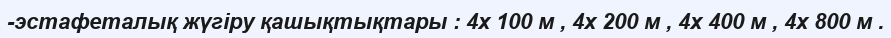
-эстафеталық жүгіру қашықтықтары : 4х 100 м , 4х 200 м , 4х 400 м , 4х 800 м .